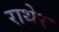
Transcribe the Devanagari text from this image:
राथेर